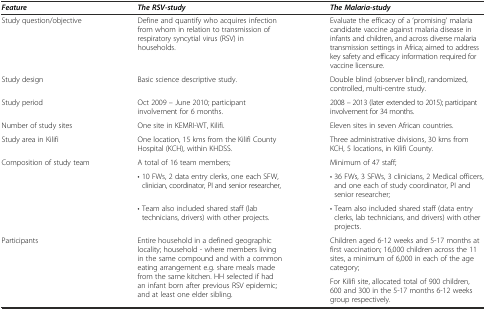
| Feature | The RSV-study | The Malaria-study |
 | --- | --- | --- |
 | Study question/objective | Define and quantify who acquires infection from whom in relation to transmission of respiratory syncytial virus (RSV) in households. | Evaluate the efficacy of a ‘promising’ malaria candidate vaccine against malaria disease in infants and children, and across diverse malaria transmission settings in Africa; aimed to address key safety and efficacy information required for vaccine licensure. |
 | Study design | Basic science descriptive study. | Double blind (observer blind), randomized, controlled, multi-centre study. |
 | Study period | Oct 2009 – June 2010; participant involvement for 6 months. | 2008 – 2013 (later extended to 2015); participant involvement for 34 months. |
 | Number of study sites | One site in KEMRI-WT, Kilifi. | Eleven sites in seven African countries. |
 | Study area in Kilifi | One location, 15 kms from the Kilifi County Hospital (KCH), within KHDSS. | Three administrative divisions, 30 kms from KCH, 5 locations, in Kilifi County. |
 | <ROWSPAN=3> Composition of study team | A total of 16 team members; | Minimum of 47 staff; |
 | • 10 FWs, 2 data entry clerks, one each SFW, clinician, coordinator, PI and senior researcher, | • 36 FWs, 3 SFWs, 3 clinicians, 2 Medical officers, and one each of study coordinator, PI and senior researcher; |
 | • Team also included shared staff (lab technicians, drivers) with other projects. | • Team also included shared staff (data entry clerks, lab technicians, and drivers) with other projects. |
 | <ROWSPAN=2> Participants | <ROWSPAN=2> Entire household in a defined geographic locality; household - where members living in the same compound and with a common eating arrangement e.g. share meals made from the same kitchen. HH selected if had an infant born after previous RSV epidemic; and at least one elder sibling. | Children aged 6-12 weeks and 5-17 months at first vaccination; 16,000 children across the 11 sites, a minimum of 6,000 in each of the age category; |
 | For Kilifi site, allocated total of 900 children, 600 and 300 in the 5-17 months 6-12 weeks group respectively. |